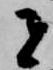
者